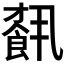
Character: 𩛥